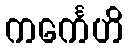
ကင်္ကေဟိ